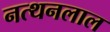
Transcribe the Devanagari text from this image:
नत्थनलाल